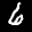
Label: 6